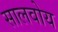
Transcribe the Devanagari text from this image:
सालवोय